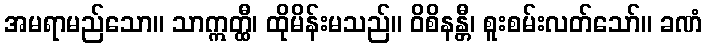
အမရာမည်သော။ သာဣတ္ထီ၊ ထိုမိန်းမသည်။ ဝိစိနန္တီ၊ စူးစမ်းလတ်သော်။ ခဏံ